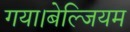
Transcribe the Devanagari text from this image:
गया।बेल्जियम